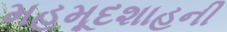
મહમૂદશાહની